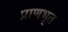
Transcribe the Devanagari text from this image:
प्राणभृत